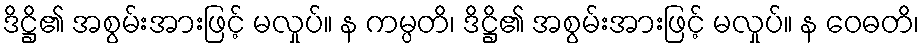
ဒိဋ္ဌိ၏ အစွမ်းအားဖြင့် မလှုပ်။ န ကမ္ပတိ၊ ဒိဋ္ဌိ၏ အစွမ်းအားဖြင့် မလှုပ်။ န ဝေဓတိ၊